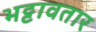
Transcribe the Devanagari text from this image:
भट्टावतार